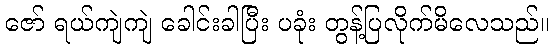
ဇော် ရယ်ကျဲကျဲ ခေါင်းခါပြီး ပခုံး တွန့်ပြလိုက်မိလေသည်။